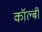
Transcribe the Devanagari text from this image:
कॉल्बी